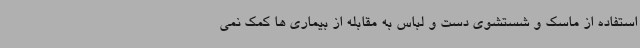
استفاده از ماسک و شستشوی دست و لباس به مقابله از بیماری ها کمک نمی